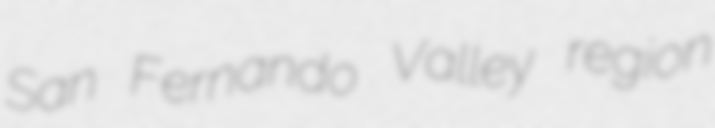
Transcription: San Fernando Valley region